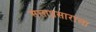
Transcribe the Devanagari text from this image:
सत्ताप्रसाराला